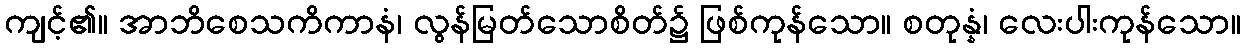
ကျင့်၏။ အာဘိစေသကိကာနံ၊ လွန်မြတ်သောစိတ်၌ ဖြစ်ကုန်သော။ စတုန္နံ၊ လေးပါးကုန်သော။